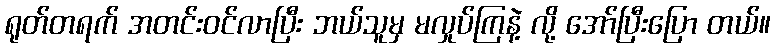
ရုတ်တရက် အတင်းဝင်လာပြီး ဘယ်သူမှ မလှုပ်ကြနဲ့ လို့ အော်ပြီးပြော တယ်။